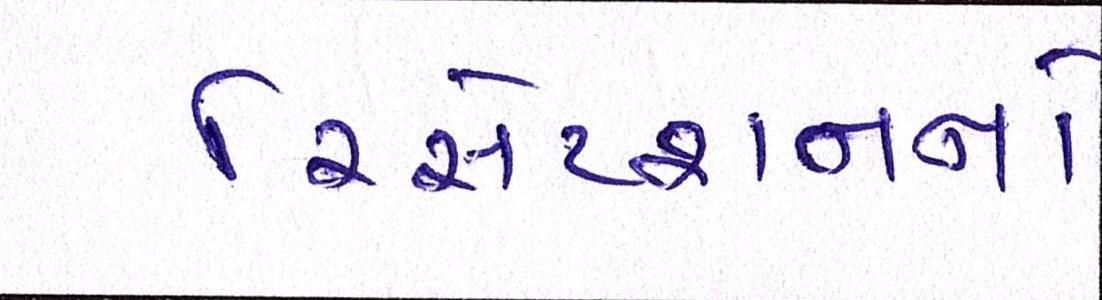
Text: રિસેપ્શનનો